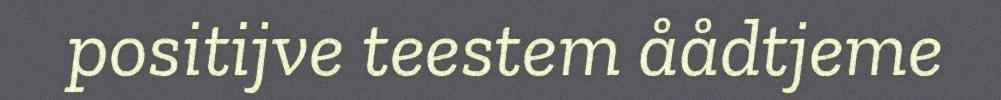
positijve teestem åådtjeme